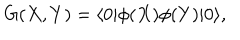
G ( X , Y ) = \langle 0 | \phi ( X ) \phi ( Y ) | 0 \rangle ,